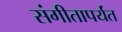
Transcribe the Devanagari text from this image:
संगीतापर्यंत